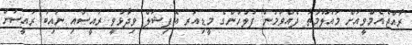
ރާއްޖެއެމްވީއަށް މައުލޫމާތު ދެއްވަމުން ފުލުހުންގެ މީޑިއަރ އޮފިޝަލް ވިދާޅުވީ ރައީސާއި ނައިބު ރައީސަށް